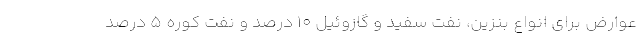
عوارض برای انواع بنزین، نفت سفید و گازوئیل 10 درصد و نفت کوره 5 درصد